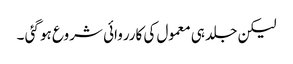
لیکن جلد ہی معمول کی کارروائی شروع ہو گئی ۔